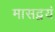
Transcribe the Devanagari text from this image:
मासद्वयं